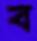
ব